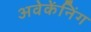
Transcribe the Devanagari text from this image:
अवेकेंनिंग